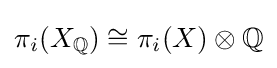
\pi _{i}(X_{\mathbb {Q} })\cong \pi _{i}(X)\otimes {\mathbb {Q} }